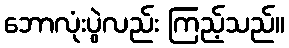
ဘောလုံးပွဲလည်း ကြည့်သည်။